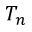
T _ { n }